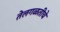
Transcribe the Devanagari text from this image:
तेलगळतीचे